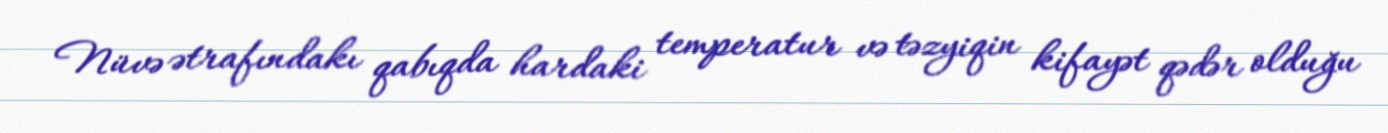
Nüvə ətrafındakı qabıqda hardaki temperatur və təzyiqin kifayət qədər olduğu